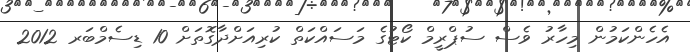
އެހެންކަމުން މިހާރު ވެސް ސުޕްރީމް ކޯޓުގެ މަސައްކަތް ކުރިއަށްދާގޮތަށް 10 ޑިސެމްބަރ 2012